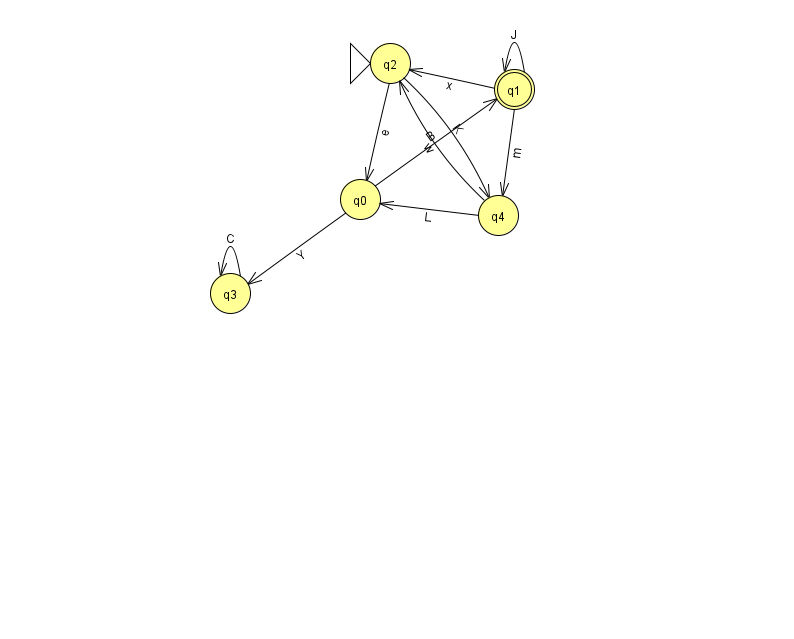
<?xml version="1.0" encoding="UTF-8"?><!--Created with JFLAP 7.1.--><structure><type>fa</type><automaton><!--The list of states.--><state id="0" name="q0"><x>360.0</x><y>186.0</y></state><state id="1" name="q1"><x>514.0</x><y>76.0</y><final/></state><state id="2" name="q2"><x>390.0</x><y>50.0</y><initial/></state><state id="3" name="q3"><x>230.0</x><y>280.0</y></state><state id="4" name="q4"><x>498.0</x><y>202.0</y></state><!--The list of transitions.--><transition><from>1</from><to>4</to><read>m</read></transition><transition><from>2</from><to>4</to><read>K</read></transition><transition><from>3</from><to>3</to><read>C</read></transition><transition><from>0</from><to>3</to><read>Y</read></transition><transition><from>1</from><to>1</to><read>J</read></transition><transition><from>0</from><to>1</to><read>B</read></transition><transition><from>1</from><to>2</to><read>x</read></transition><transition><from>4</from><to>0</to><read>L</read></transition><transition><from>2</from><to>0</to><read>e</read></transition><transition><from>4</from><to>2</to><read>w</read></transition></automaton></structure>